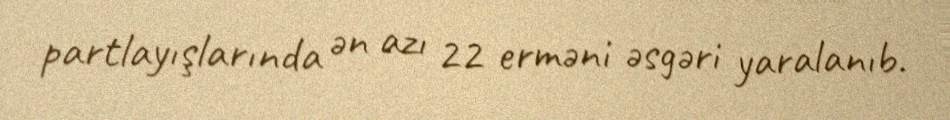
partlayışlarında ən azı 22 erməni əsgəri yaralanıb.